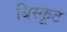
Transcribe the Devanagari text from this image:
बिस्कूट